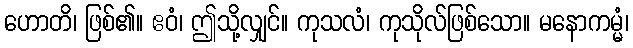
ဟောတိ၊ ဖြစ်၏။ ဧဝံ၊ ဤသို့လျှင်။ ကုသလံ၊ ကုသိုလ်ဖြစ်သော။ မနောကမ္မံ၊